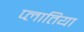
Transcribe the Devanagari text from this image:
प्लातिया